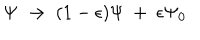
LaTeX: \Psi \ \to \ ( 1 - \epsilon ) \Psi \ + \ \epsilon \Psi _ { 0 }